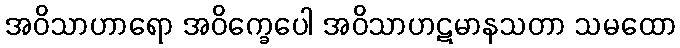
အဝိသာဟာရော အဝိက္ခေပေါ အဝိသာဟဋမာနသတာ သမထော